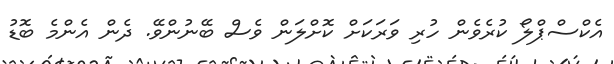
އެކްސްޕްލޯ ކުރެވެން ހުރި ވަރަކަށް ކޮށްލަން ވެސް ބޭނުންވޭ. ދެން އެންމެ ބޮޑު